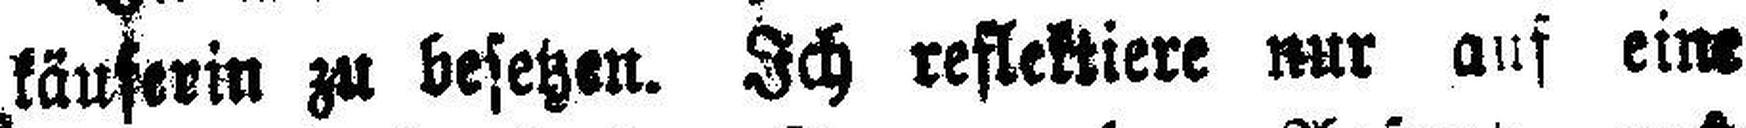
käuferin zu besetzen. Ich reflektiere nur auf eine